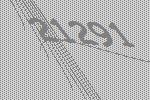
21291